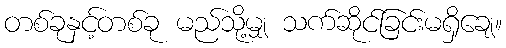
တစ်ခုနှင့်တစ်ခု မည်သို့မျှ သက်ဆိုင်ခြင်းမရှိချေ။